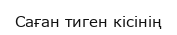
Саған тиген кiсiнiң